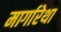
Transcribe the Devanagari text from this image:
मार्गारेथा